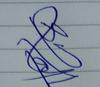
Signature authenticity: genuine